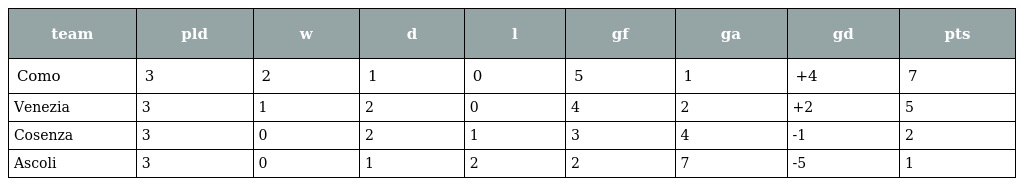
| team | pld | w | d | l | gf | ga | gd | pts |
 | --- | --- | --- | --- | --- | --- | --- | --- | --- |
 | Como | 3 | 2 | 1 | 0 | 5 | 1 | +4 | 7 |
 | Venezia | 3 | 1 | 2 | 0 | 4 | 2 | +2 | 5 |
 | Cosenza | 3 | 0 | 2 | 1 | 3 | 4 | -1 | 2 |
 | Ascoli | 3 | 0 | 1 | 2 | 2 | 7 | -5 | 1 |